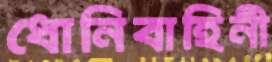
ধোনিবাহিনী